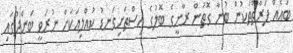
ބައެއް ފަރާތްތަކުން ބުނާ ގޮތުން ރާނީގެ ބޮލުގެ އިސްތަށިގަނޑު ކުއްލިއަކަށް ނުރަވީ ބަންދުގައި